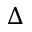
\Delta